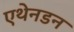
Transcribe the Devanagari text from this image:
एथेनडन